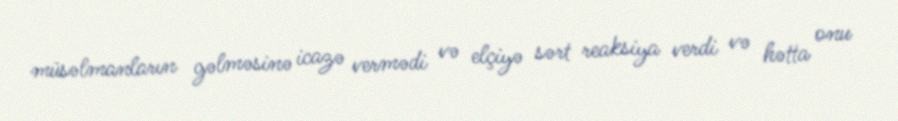
müsəlmanların gəlməsinə icazə vermədi və elçiyə sərt reaksiya verdi və hətta onu